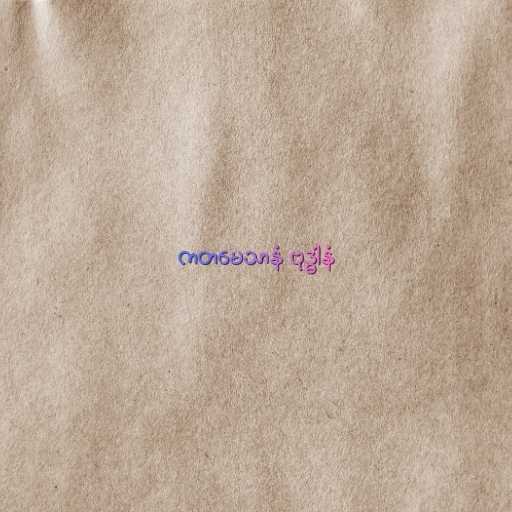
ကတမေသာနံ ဗုဒ္ဓါနံ